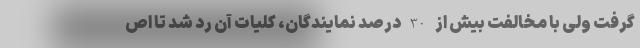
گرفت ولی با مخالفت بیش از 30 درصد نمایندگان، کلیات آن رد شد تا اص